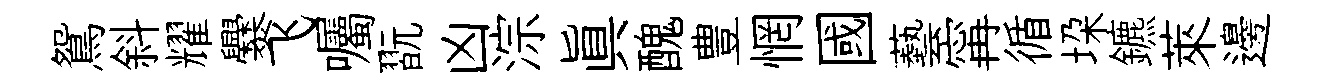
鴛斜耀爨飞囑翫凶淙真醜豊惘國藝𡩋循垜鑣萊邊